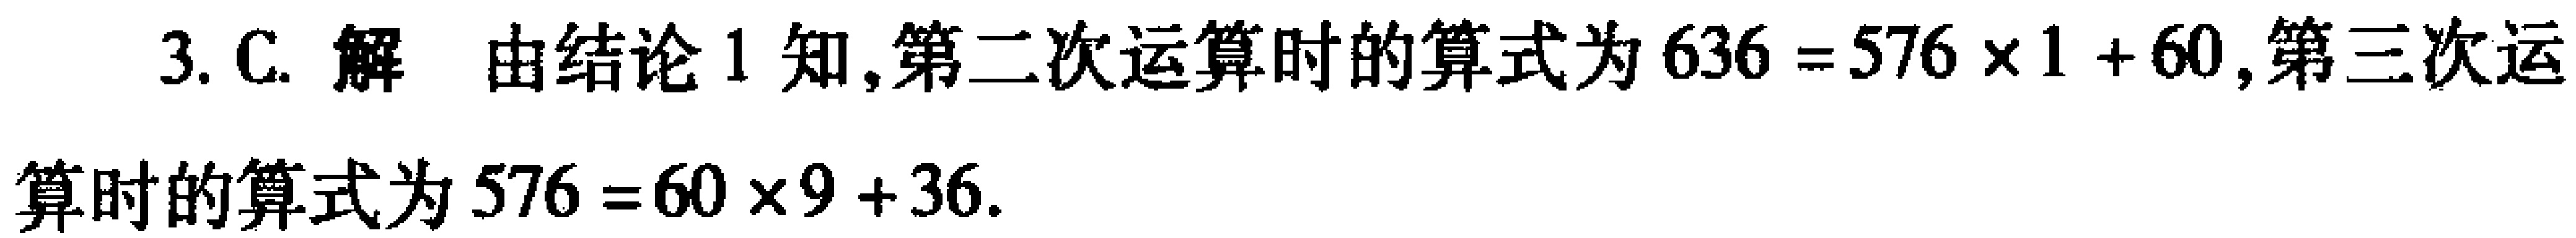
3. C. 解 由结论 1 知,第二次运算时的算式为\(636 = 576\times1 + 60\),第三次运算时的算式为\(576 = 60\times9 + 36\).